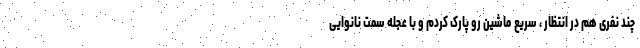
چند نفری هم در انتظار ، سریع ماشین رو پارک کردم و با عجله سمت نانوایی